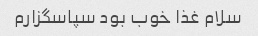
سلام غذا خوب بود سپاسگزارم